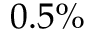
0 . 5 \%